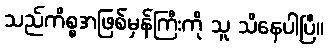
သည်ကိစ္စအဖြစ်မှန်ကြီးကို သူ သိနေပါပြီ။